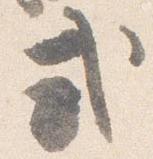
式